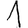
Digit: 1